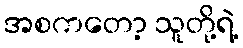
အစကတော့ သူတို့ရဲ့